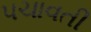
પચાવતી